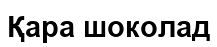
Қара шоколад